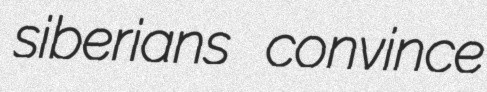
siberians convince